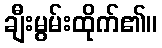
ချီးမွမ်းထိုက်၏။